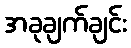
အခုချက်ချင်း